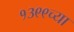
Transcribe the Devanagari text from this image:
१३९९च्या